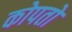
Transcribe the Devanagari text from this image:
कोपतो